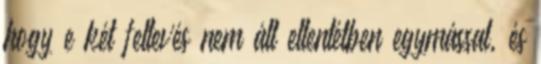
hogy e két feltevés nem áll ellentétben egymással, és